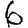
Digit: 6